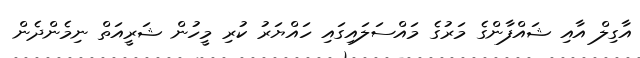
އާގިލް އާއި ޝައްފާންގެ މަރުގެ މައްސަލައިގައި ހައްޔަރު ކުރި މީހުން ޝަރީއަތް ނިމެންދެން